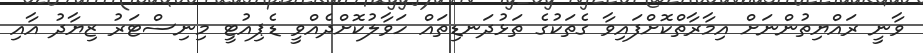
ވާނީ ރައްޔިތުންނަށް އިމާރާތްކޮށްފައިވާ ގެތަކުގެ ތަޅުދަނޑިތައް ހަވާލުކޮށްދެއްވީ ޑެޕިއުޓީ މިނިސްޓަރު ޒިޔާދު އާއި